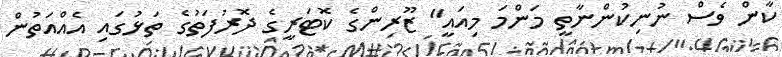
ކާން ވެސް ނުނިކުންނާތީ މަންމަ މިއައީ" ޒޫރިންގެ ކޮޓަރީގެ ދޮރުފަތުގެ ތަޅުގައި އެއްއަތުން